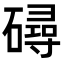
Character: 𥖇